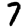
Digit: 7